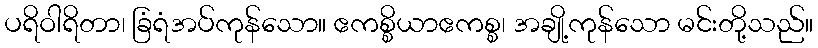
ပရိဝါရိတာ၊ ခြံရံအပ်ကုန်သော။ ဧကစ္စိယာဧကစ္စ၊ အချို့ကုန်သော မင်းတို့သည်။